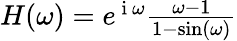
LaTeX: \begin{array}{r}{H(\omega)=e^{\mathrm{~i~}\omega}\frac{\omega-1}{1-\sin(\omega)}}\end{array}